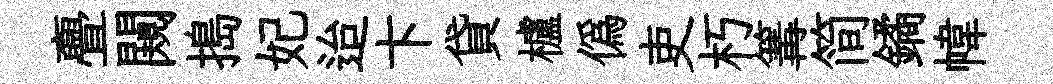
亹闚搗妃迨卞貸櫨僞吏朽篝简鐍幃